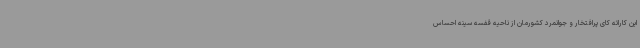
این کاراته کای پرافتخار و جوانمرد کشورمان از ناحیه قفسه سینه احساس